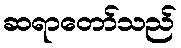
ဆရာတော်သည်